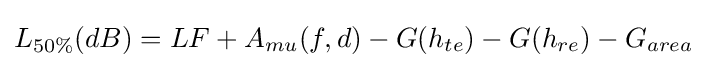
L_{50\%}(dB)=LF+A_{mu}(f,d)-G(h_{te})-G(h_{re})-G_{area}